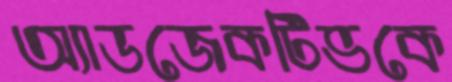
অ্যাডজেকটিভকে